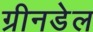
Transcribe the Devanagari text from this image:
ग्रीनडेल